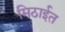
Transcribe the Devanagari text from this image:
मिठाईत